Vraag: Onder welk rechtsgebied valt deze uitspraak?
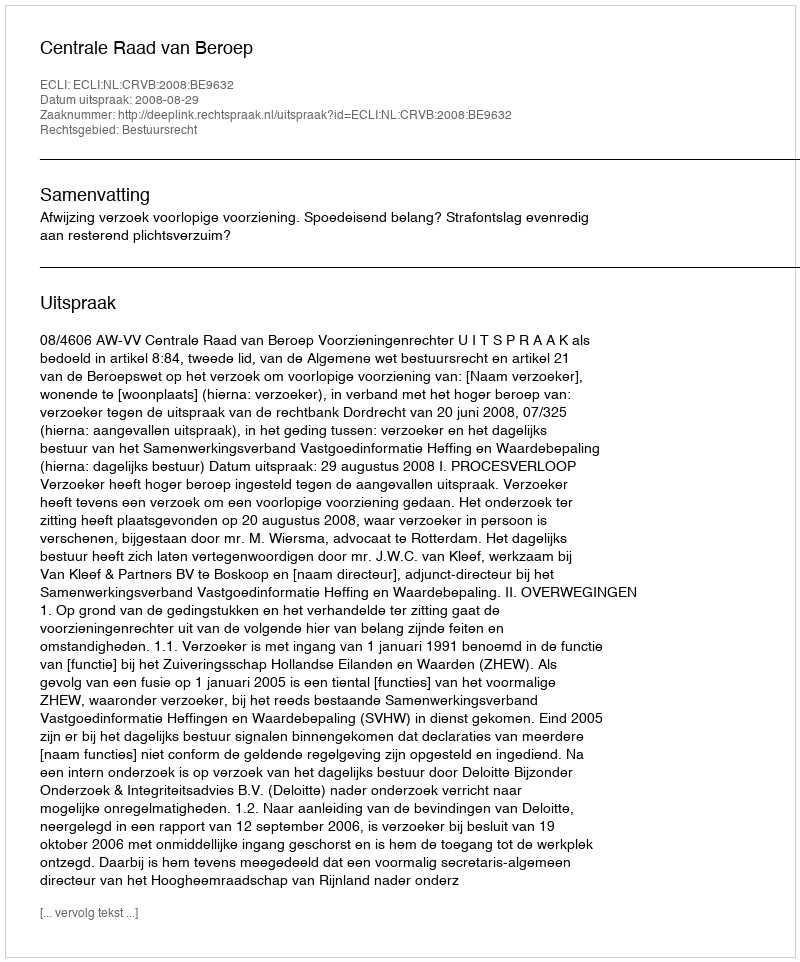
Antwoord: Bestuursrecht